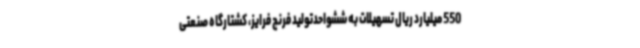
550 میلیارد ریال تسهیلات به ششواحدتولید فرنچ فرایز، کشتارگاه صنعتی